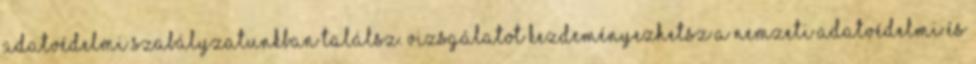
Adatvédelmi Szabályzatunkban találsz. Vizsgálatot kezdeményezhetsz a Nemzeti Adatvédelmi és